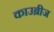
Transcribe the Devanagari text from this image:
काउब्रीज